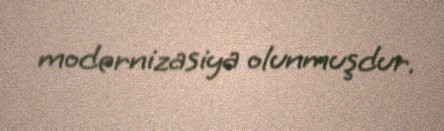
modernizasiya olunmuşdur.